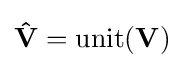
\mathbf {\hat {V}} =\mathrm {unit} (\mathbf {V} )